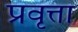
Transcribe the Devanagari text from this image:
प्रवृत्ता